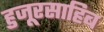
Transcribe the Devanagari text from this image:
हुजूरसाहिब